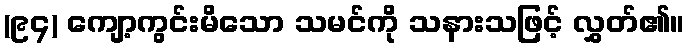
(၉၄) ကျော့ကွင်းမိသော သမင်ကို သနားသဖြင့် လွှတ်၏။